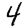
Digit: 4